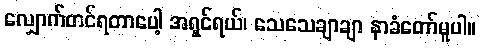
လျှောက်တင်ရတာပေါ့ အရှင်ရယ်၊ သေသေချာချာ နာခံတော်မူပါ။